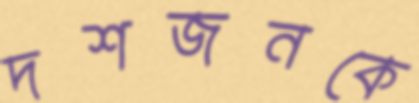
দশজনকে